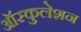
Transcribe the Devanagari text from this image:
ऑस्कुलेशन